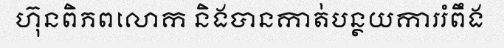
ហ៊ុនពិភពលោក និងបានកាត់បន្ថយការរំពឹង